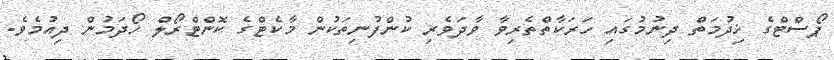
ޕޯސްޓްގެ ޚިދުމަތް ދިނުމުގައި ހަރަކާތްތެރިވާ ވާދަވެރި ކުންފުނިތަކުން މާކެޓްގެ ކޮންޓްރޯލް ހޯދަމުން ދިއުމެވެ.